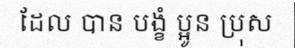
ដែល បាន បង្ខំ ប្អូន ប្រុស